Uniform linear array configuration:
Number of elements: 16
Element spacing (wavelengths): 1
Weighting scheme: hann
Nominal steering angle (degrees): -15
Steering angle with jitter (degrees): -15.17
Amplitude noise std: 0.05
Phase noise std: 0.05

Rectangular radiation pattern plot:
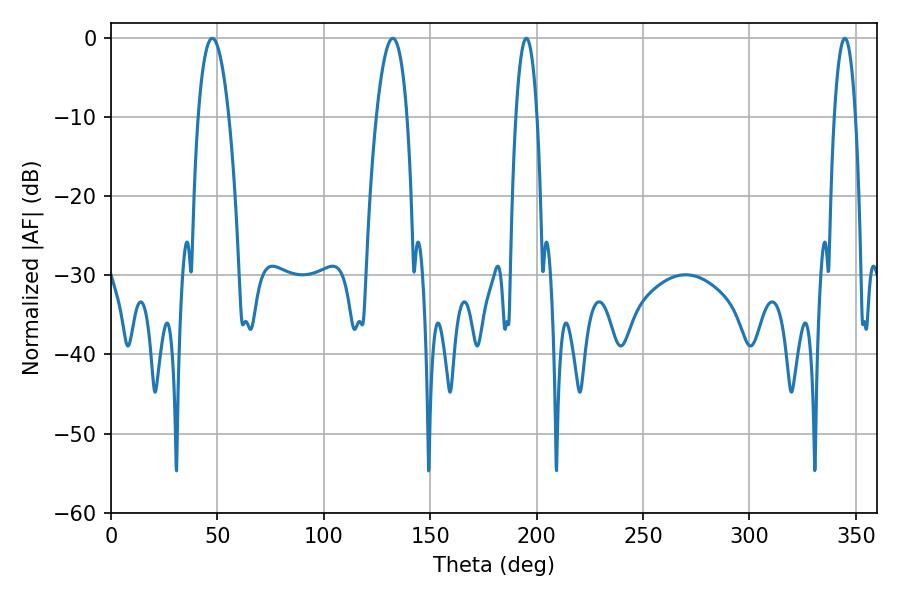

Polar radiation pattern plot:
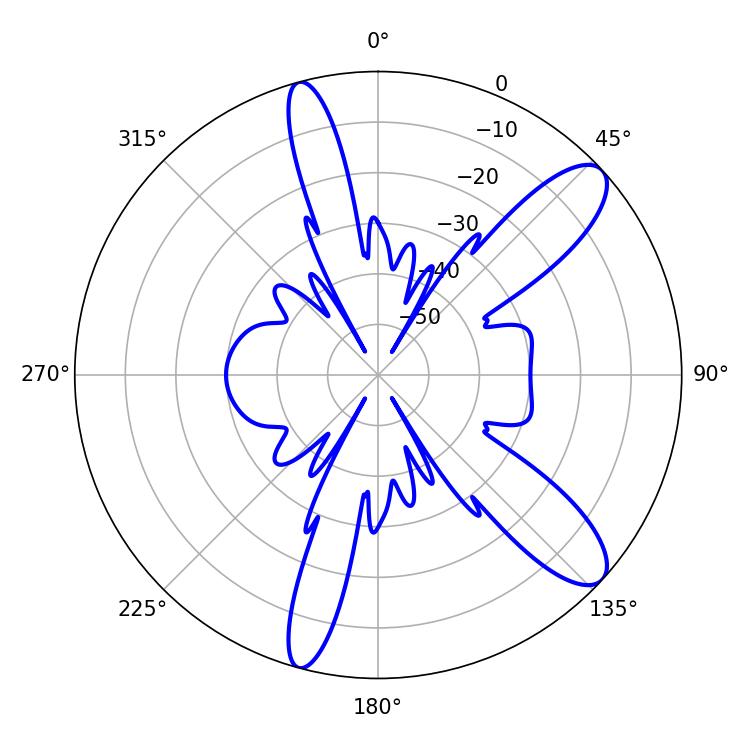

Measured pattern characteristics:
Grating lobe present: TRUE
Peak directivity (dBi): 10.762
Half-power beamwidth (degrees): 8.1
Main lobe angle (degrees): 47.52